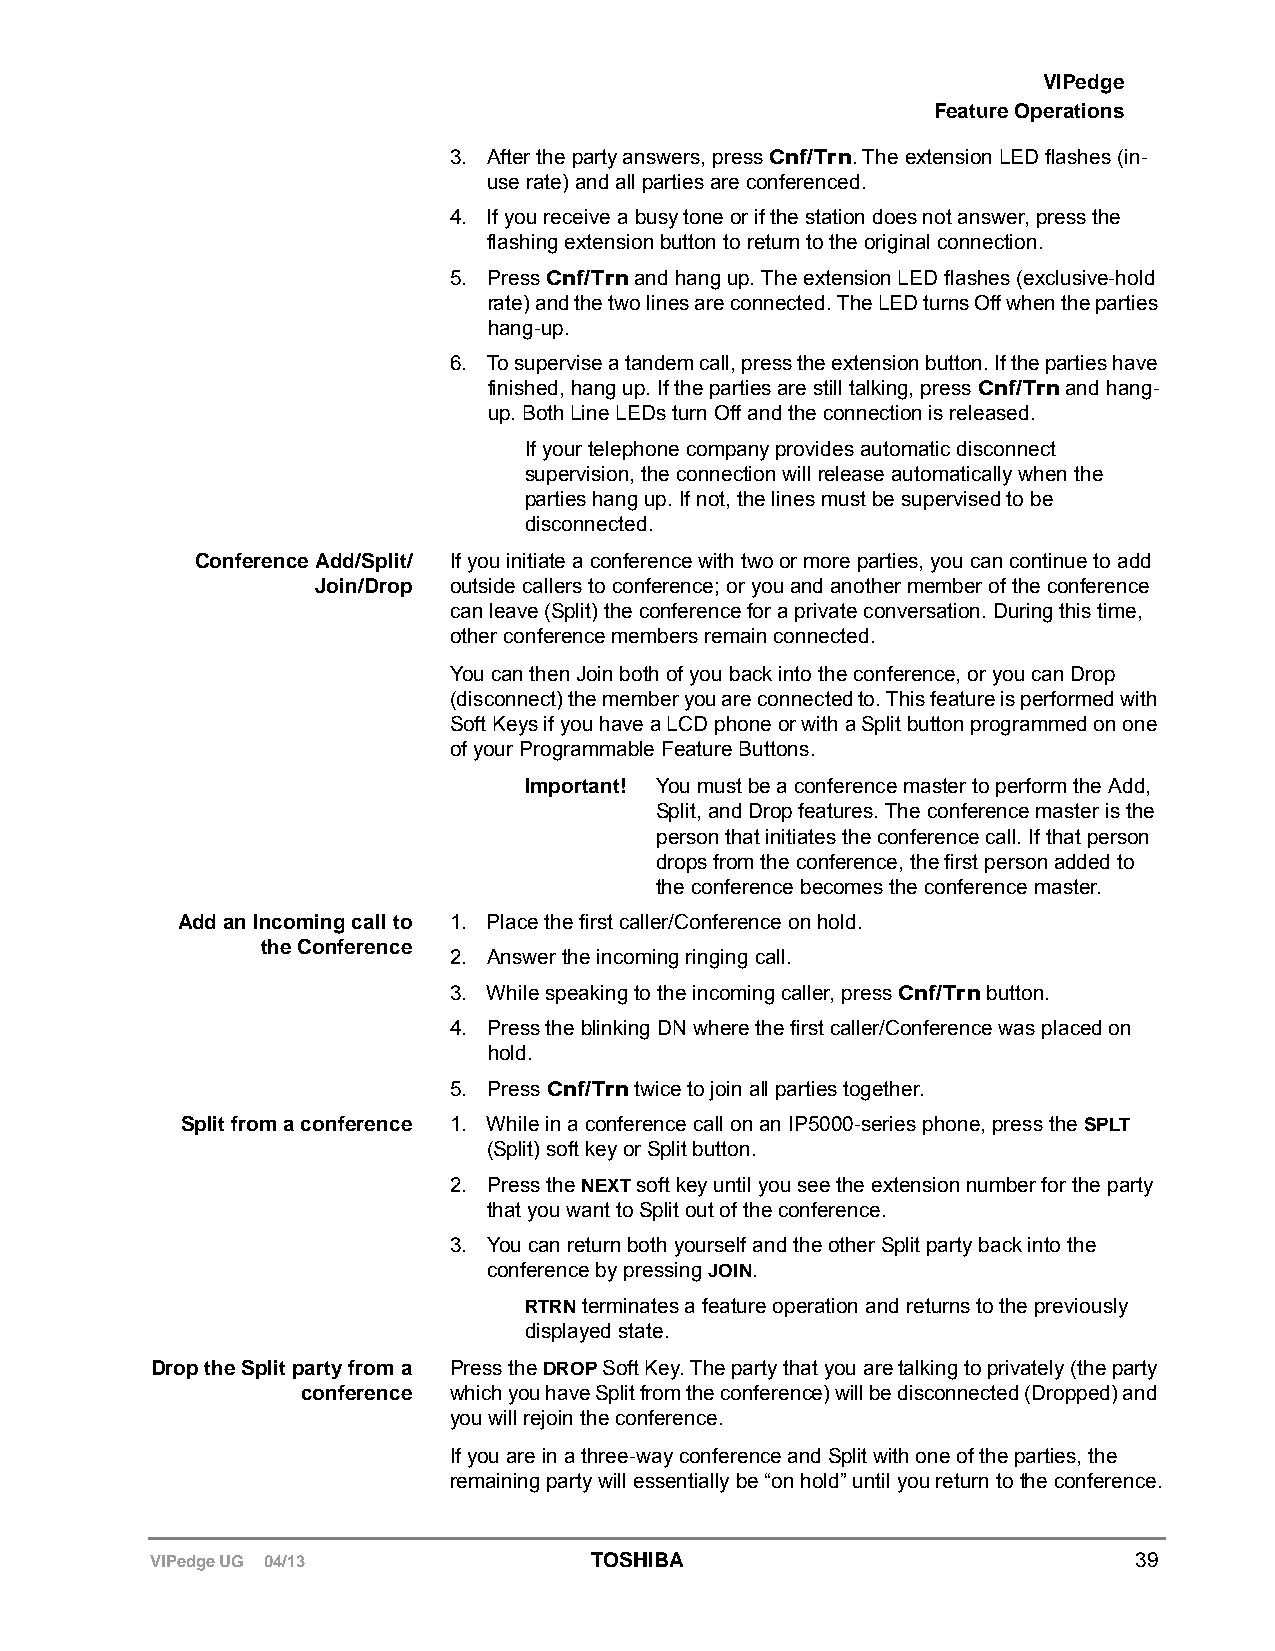
VIPedge
 Feature Operations
 3. After the party answers, press Cnf/Trn. The extension LED flashes (in-
 use rate) and all parties are conferenced.
 4. If you receive a busy tone or if the station does not answer, press the
 flashing extension button to return to the original connection.
 5. Press Cnf/Trn and hang up. The extension LED flashes (exclusive-hold
 rate) and the two lines are connected. The LED turns Off when the parties
 hang-up.
 6. To supervise a tandem call, press the extension button. If the parties have
 finished, hang up. If the parties are still talking, press Cnf/Trn and hang-
 up. Both Line LEDs turn Off and the connection is released.
 If your telephone company provides automatic disconnect
 supervision, the connection will release automatically when the
 parties hang up. If not, the lines must be supervised to be
 disconnected.
 Conference Add/Split/ If you initiate a conference with two or more parties, you can continue to add
 Join/Drop outside callers to conference; or you and another member of the conference
 can leave (Split) the conference for a private conversation. During this time,
 other conference members remain connected.
 You can then Join both of you back into the conference, or you can Drop
 (disconnect) the member you are connected to. This feature is performed with
 Soft Keys if you have a LCD phone or with a Split button programmed on one
 of your Programmable Feature Buttons.
 Important! You must be a conference master to perform the Add,
 Split, and Drop features. The conference master is the
 person that initiates the conference call. If that person
 drops from the conference, the first person added to
 the conference becomes the conference master.
 Add an Incoming call to 1. Place the first caller/Conference on hold.
 the Conference
 2. Answer the incoming ringing call.
 3. While speaking to the incoming caller, press Cnf/Trn button.
 4. Press the blinking DN where the first caller/Conference was placed on
 hold.
 5. Press Cnf/Trn twice to join all parties together.
 Split from a conference 1. While in a conference call on an IP5000-series phone, press the SPLT
 (Split) soft key or Split button.
 2. Press the NEXT soft key until you see the extension number for the party
 that you want to Split out of the conference.
 3. You can return both yourself and the other Split party back into the
 conference by pressing JOIN.
 RTRN terminates a feature operation and returns to the previously
 displayed state.
 Drop the Split party from a Press the DROP Soft Key. The party that you are talking to privately (the party
 conference which you have Split from the conference) will be disconnected (Dropped) and
 you will rejoin the conference.
 If you are in a three-way conference and Split with one of the parties, the
 remaining party will essentially be “on hold” until you return to the conference.
 VIPedge UG 04/13             TOSHIBA                             39